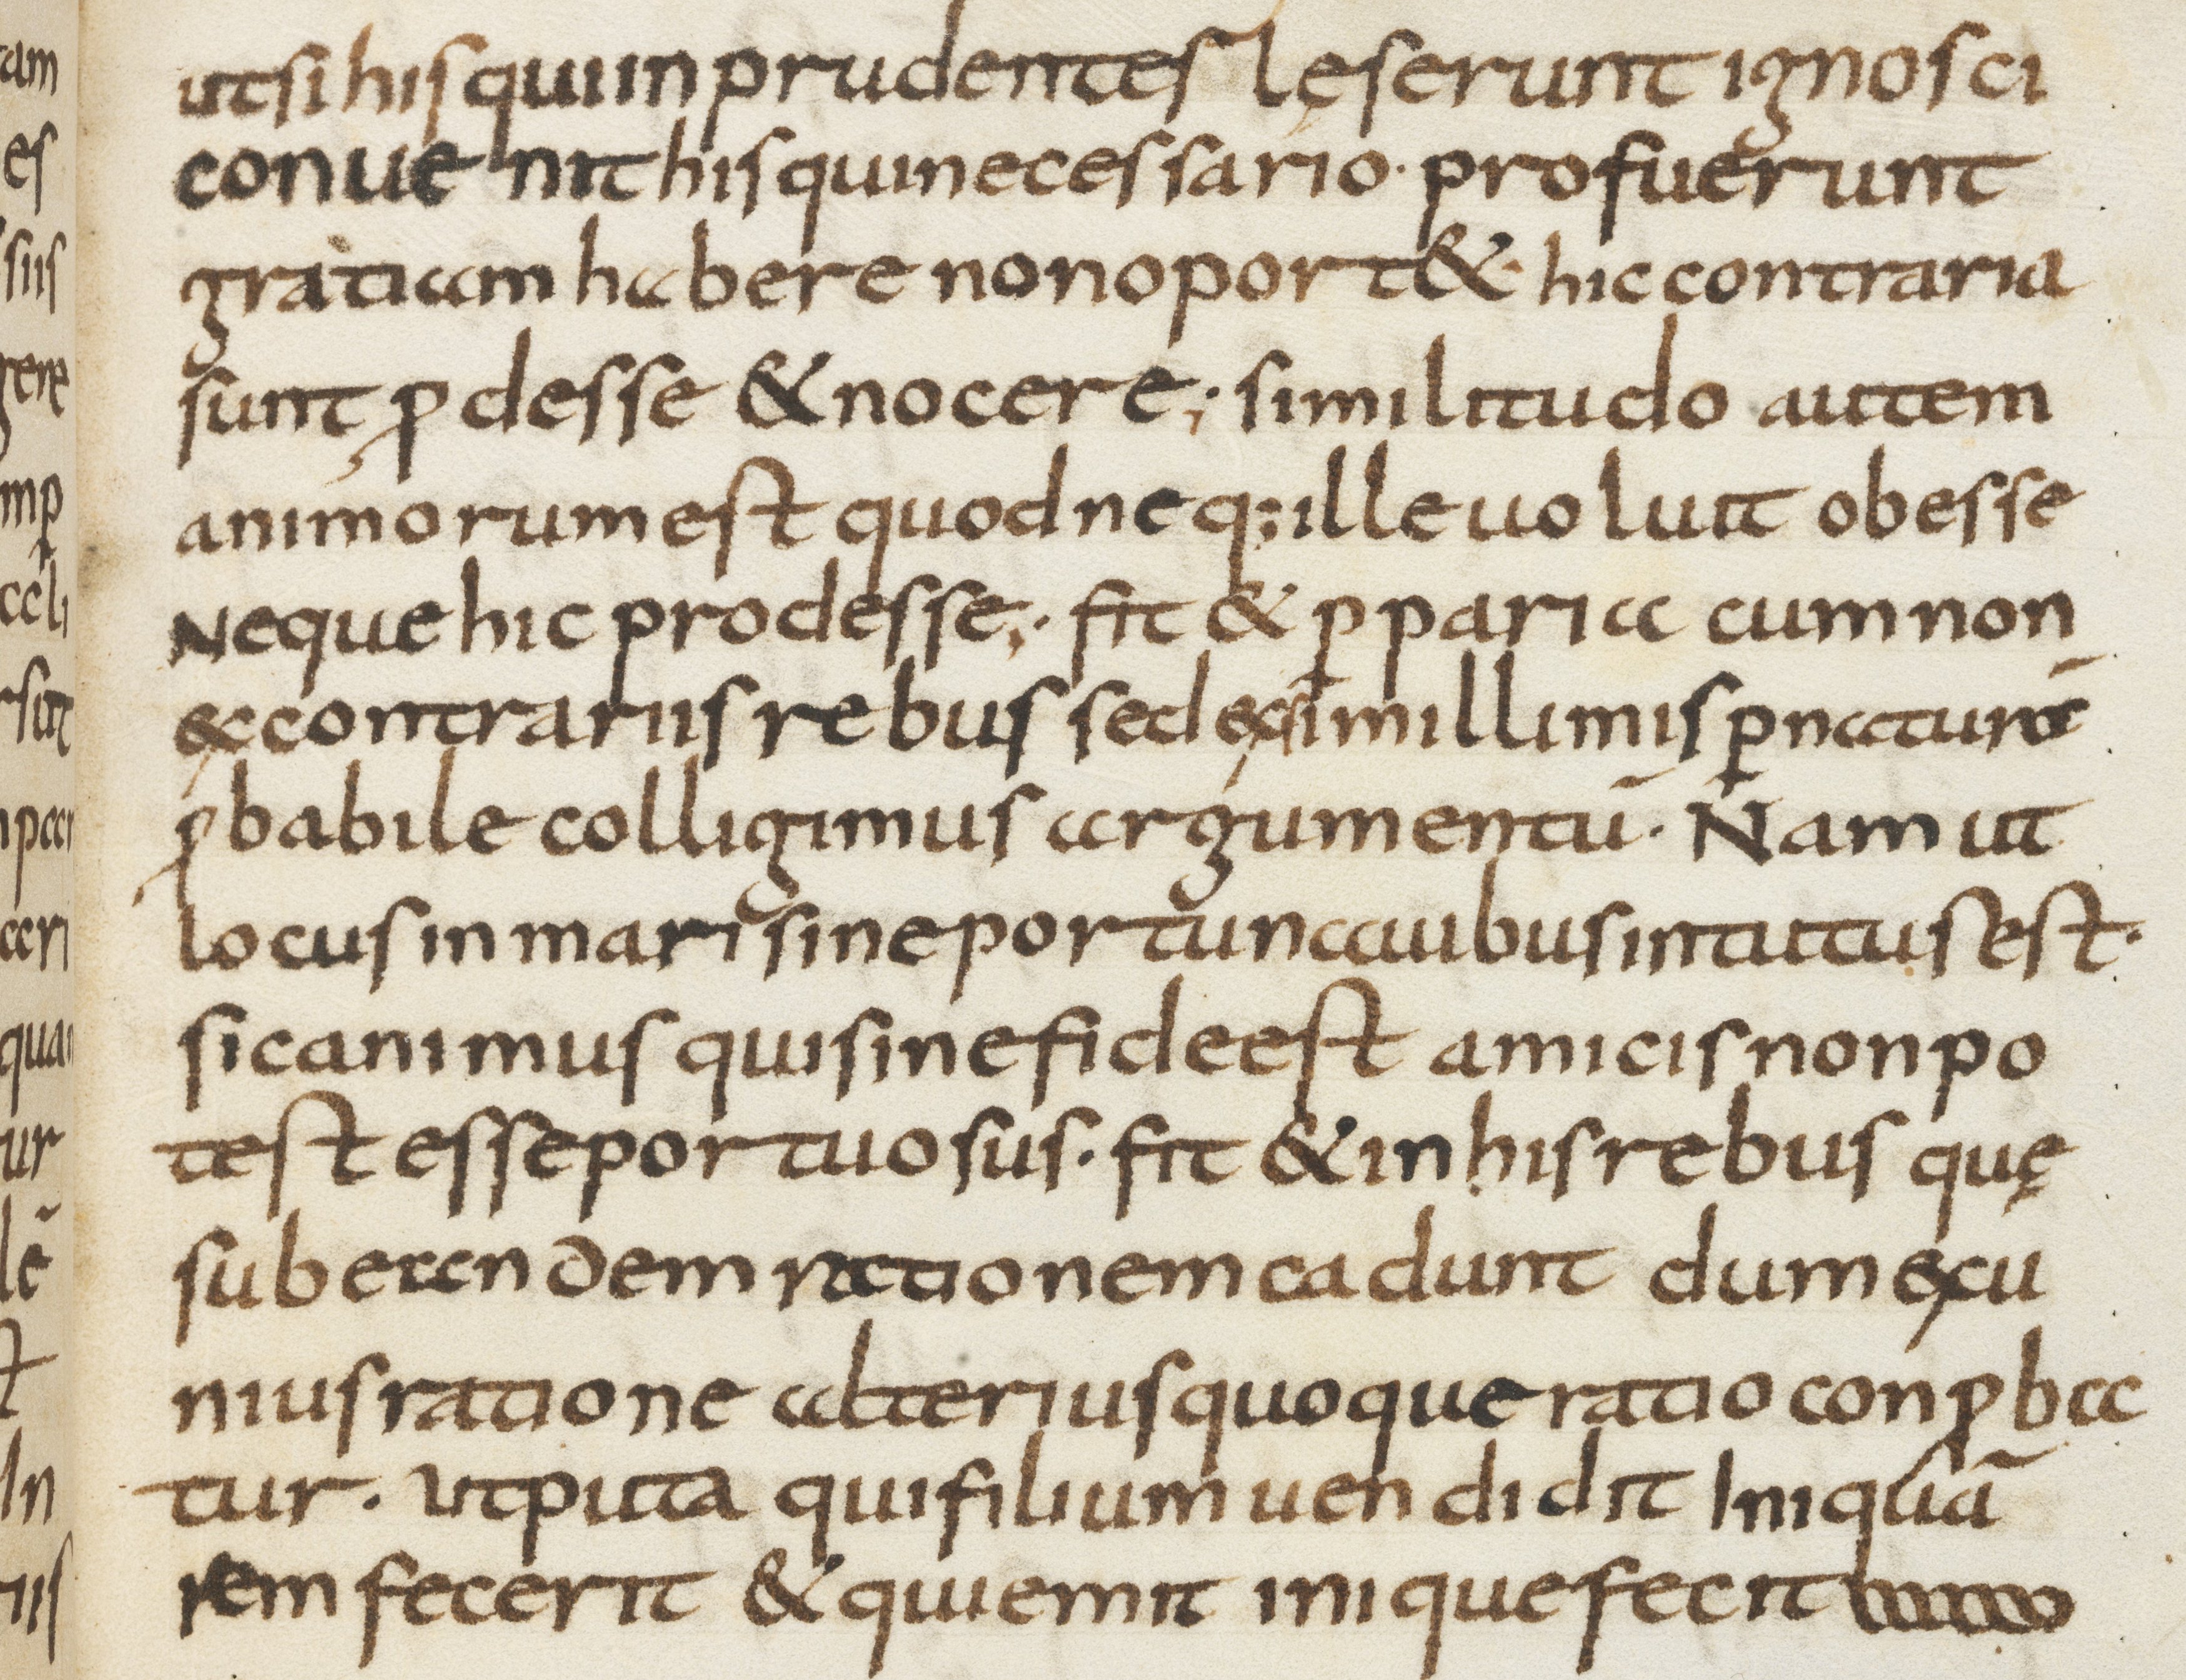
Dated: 800–899